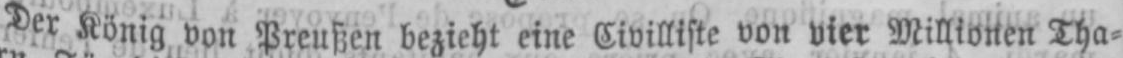
Der König von Preußen bezieht eine Civilliste von vier Millionen Tha⸗